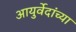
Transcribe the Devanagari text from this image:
आयुर्वेदांच्या